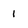
Character: 1